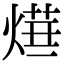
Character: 𤍞